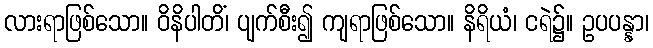
လားရာဖြစ်သော။ ဝိနိပါတိံ၊ ပျက်စီး၍ ကျရာဖြစ်သော။ နိရိယံ၊ ငရဲ၌။ ဥပပန္နာ၊